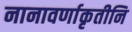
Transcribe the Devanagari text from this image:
नानावर्णाकृतीनि